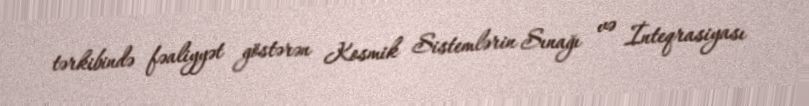
tərkibində fəaliyyət göstərən Kosmik Sistemlərin Sınağı və İnteqrasiyası